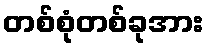
တစ်စုံတစ်ခုအား